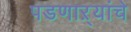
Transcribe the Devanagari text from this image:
पडणाऱ्यांचे